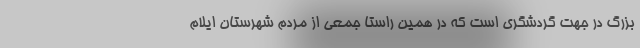
بزرگ در جهت گردشگری است که در همین راستا جمعی از مردم شهرستان ایلام